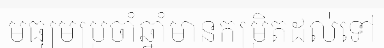
មធ្យមប្រចាំឆ្នាំមានកម្រិតដល់ទៅ